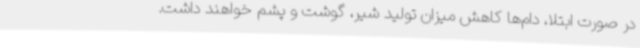
در صورت ابتلا، دام‌ها کاهش میزان تولید شیر، گوشت و پشم خواهند داشت.